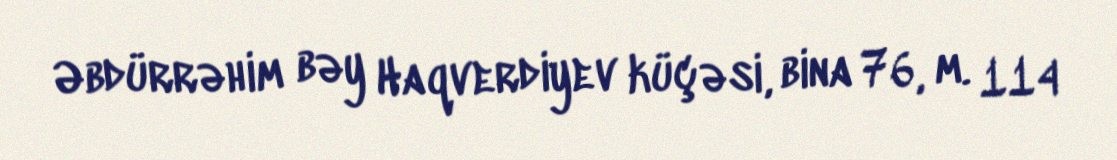
Əbdürrəhim bəy Haqverdiyev küçəsi, bina 76, m. 114